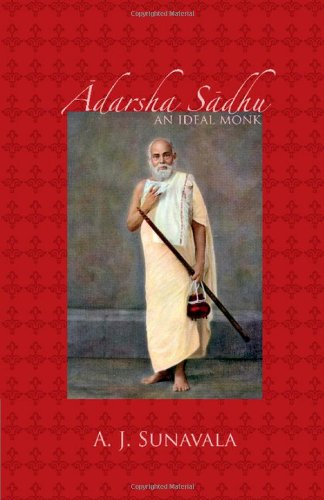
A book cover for Adarsha Sadhu: An Ideal Monk (Shri Vizay Dharmsuri, Jain Granthmala); A. J. Sunavala; Religion & Spirituality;